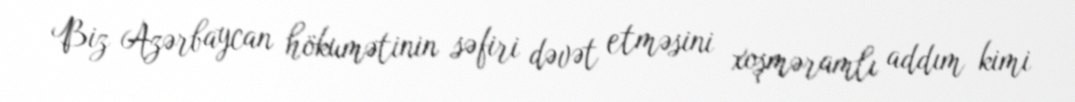
Biz Azərbaycan hökumətinin səfiri dəvət etməsini xoşməramlı addım kimi